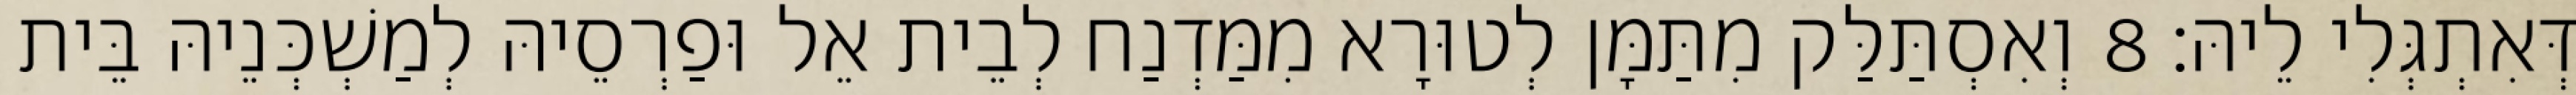
דְּאִתְגְּלִי לֵיהּ׃ 8 וְאִסְתַּלַּק מִתַּמָּן לְטוּרָא מִמַּדְנַח לְבֵית אֵל וּפַרְסֵיהּ לְמַשְׁכְּנֵיהּ בֵּית